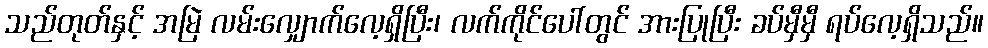
သည်တုတ်နှင့် အမြဲ လမ်းလျှောက်လေ့ရှိပြီး၊ လက်ကိုင်ပေါ်တွင် အားပြုပြီး ခပ်မှီမှီ ရပ်လေ့ရှိသည်။